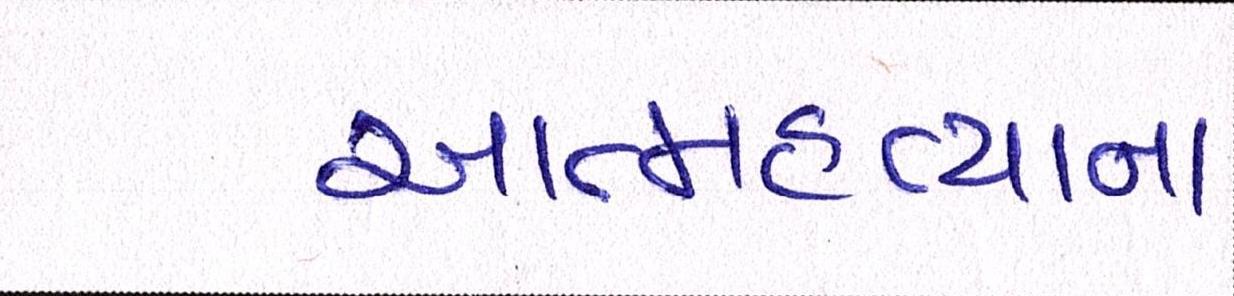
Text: આત્મહત્યાના